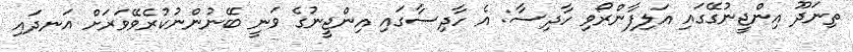
ތިނަދޫ އިންޖީނުގޭގައި އަލިފާންރޯވި ހާދިސާ: އެ ހާދިސާގައި އިންޖީނުގެ ވަނީ ބޭނުންނުކުރެވޭވަރަށް އަނދައި